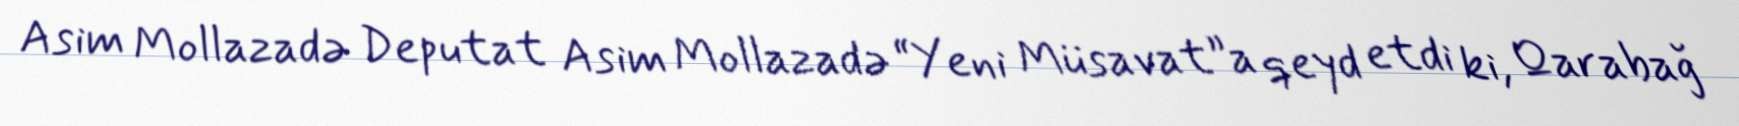
Asim Mollazadə Deputat Asim Mollazadə “Yeni Müsavat”a qeyd etdi ki, Qarabağ